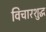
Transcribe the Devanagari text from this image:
विचारशुद्ध